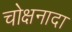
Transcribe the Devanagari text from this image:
चोक्षनादा